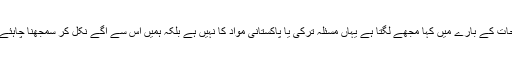
اداکارہ نیلم منیر خان نے ارطغرل کی کہانی اور اس میں دکھائی گئی اسلامی فتوحات کے بارے میں کہا مجھے لگتا ہے یہاں مسئلہ ترکی یا پاکستانی مواد کا نہیں ہے بلکہ ہمیں اس سے آگے نکل کر سمجھنا چاہئے کہ یہ اسلامی مواد ہے اور اس میں ہمیں اسلامی تاریخ اور اقدار دکھائی گئی ہیں۔